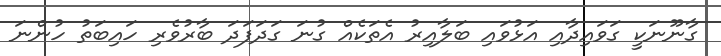
ގާނޫނަކީ ގަވައިދާއި އަޅުވައި ބަލާއިރު އެތަކެއް ގުނަ ގަދަފަދަ ބާރުވެރި ހައިބަތު ހުންނަ